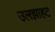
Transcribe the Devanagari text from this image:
उलझाहट